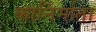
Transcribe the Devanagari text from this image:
कार्निर्माता